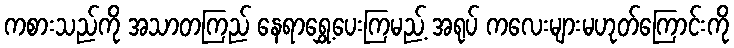
ကစားသည်ကို အသာတကြည် နေရာရွှေ့ပေးကြမည့် အရုပ် ကလေးများမဟုတ်ကြောင်းကို